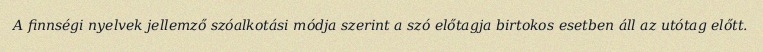
A finnségi nyelvek jellemző szóalkotási módja szerint a szó előtagja birtokos esetben áll az utótag előtt.